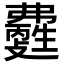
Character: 𤯽